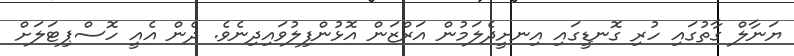
ޔަނާލް ގާތުގައި ހުރި ގޮނޑީގައި އިނށީދެލަމުން އަރްޒަން އޮޅުންފިލުވައިދިނެވެ. ދެން އެއީ ހޮސްޕިޓަލަށް